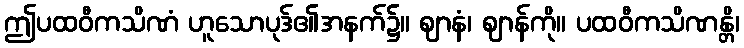
ဤပထဝီကသိဏံ ဟူသောပုဒ်၏အနက်၌။ ဈာနံ၊ ဈာန်ကို။ ပထဝီကသိဏန္တိ၊